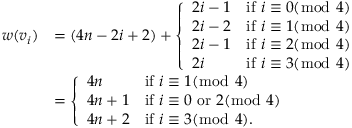
\begin{array} { r l } { w ( v _ { i } ) } & { = ( 4 n - 2 i + 2 ) + \left\{ \begin{array} { l l } { 2 i - 1 } & { \mathrm { i f ~ } i \equiv 0 ( \bmod ~ 4 ) } \\ { 2 i - 2 } & { \mathrm { i f ~ } i \equiv 1 ( \bmod ~ 4 ) } \\ { 2 i - 1 } & { \mathrm { i f ~ } i \equiv 2 ( \bmod ~ 4 ) } \\ { 2 i } & { \mathrm { i f ~ } i \equiv 3 ( \bmod ~ 4 ) } \end{array} \right. } \\ & { = \left\{ \begin{array} { l l } { 4 n } & { \mathrm { i f ~ } i \equiv 1 ( \bmod ~ 4 ) } \\ { 4 n + 1 } & { \mathrm { i f ~ } i \equiv 0 \mathrm { ~ o r ~ } 2 ( \bmod ~ 4 ) } \\ { 4 n + 2 } & { \mathrm { i f ~ } i \equiv 3 ( \bmod ~ 4 ) . } \end{array} \right. } \end{array}